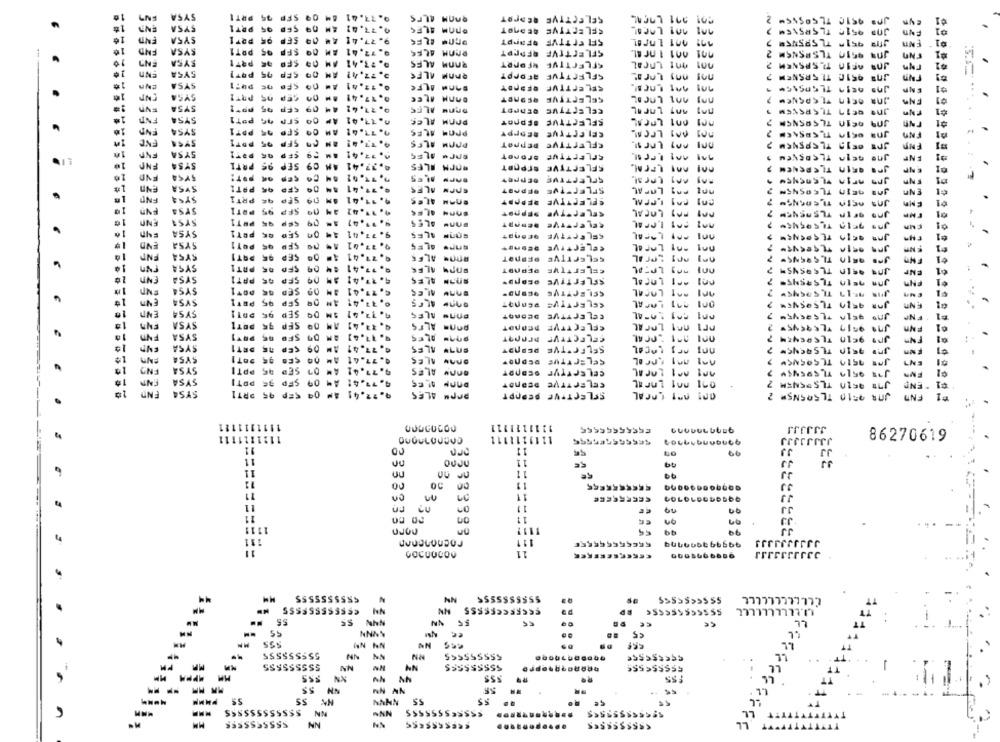
PRTI
RAAM ALPS
SELECTTVE QEDPAT
2
1
PRT1
77.41
ennM ILF4
SELECTIVE ACANOT
309 951⑆ TLS⑈51⑈
SFP
7.41
SEL ErTTVE OFAPPT
01
PRT1
SFP
72.41
BOOM ALES
SELECTIVE RFAPPT
J09 9510 TLSPENSM
SYSA
END
ENT
PRT1
#7.41
RAAM ALES
SELECTIVE
001
AFI0 TLSPSNEM
Ta
01
ENT
SYSA
POT1
CEP
77.41
RAAM ALFE
SELECTTVE REDPPT
ning
JOR 9510 TLERSNEM
ENO
SYSA
PO-1
SELECTTVE
14
SYSA
Cep
0.17.41
CELESTEVE
ENS
SY5A
CEP
9. 77. 41
DEOM ALF5
CELESTTVE
SY54
POT
0.13.41
POAM ALEE
SELECTTVE
JO9 Q10 TLERSNSM
END
SYSA
PPT1
CO SEP
0.77.41
CELECTIVE REDPPY
nog
ENC
POT1
An SFP
POOM ALES
DEPOOT
CFLEFTTVE
1.0
SYSA
CFP
Bronet
SPLFETTVE
ENT
LI
FNO
SYSA
PRTI
SEP
09
0.37.41
SOPH ALES
SELECTIVE ErPORT
END
CES
CPLEFTTVE SEPPEY
END
ALES
ENT
SYSA
PPTI
CFD
EnPN ALES
SELECTVE
PAS LAFAL
JOB SEIN TLEOSN5
ENn
FND
SYSA
PRTI
44
SEp
41
ALOS
SELECTIVE REPORT
19
Fyn
SYSA
PRTI
195
. 41
FAT LOCAL
OFIN TLSRENCM
JAo
END
PRT1
DERART
CELEPFTVE
SYSA
77,41
son#
SELECTTVE
PAS LOCAL
₾1
END
SYSA
POT1
27.01
ALES
SELECTIVE
ENT
ENT
SYS4
SEP
. 41
ALEE
CELEFTTVE
SPS GRIN TL COENS
SYSA
PRTI
77.41
CELESTTVE
SFO
ALFE
REPORT
ENT
ENT
SYSA
PAT1
SEP
77.41
ALES
SFLEFTTVE
FN"
SY54
SEP
.11.41
ALES
AA1 LOCAL
ALES
10
vn
SYSA
PETI
SFP
DOOM ALES
SELECTIVE PERNOT
LOCAL
141
ENTI
END
SYSA
PRI1
09
7.12.01
ALES
SEP
ALES
CCLEFTTVE DEDAOT
FNP
#1
ENS
SYSA
DOTT
SEP
pons ALTS
CELECTTVE DEONOT
JNA 9519 TLE9545
FNn
10
PLES
Fyn
SYSA
SFO
. 77. 4]
GELECTTVP DPANOT
JN9 9610 TE
END
SYSA
DET1
CEP
09
.77.41
ALES
enTY ALES
SELFG*TVE PEPART
SYSA
DOT1
. 77.41
DAAw ALES
SELECTTUS
Luu
nº1
SYSA
PPTI
SED
OnAM ALES
CELEATTYP DEDORT
ENT
SYSA
POT
35
SFP
09
77.41
CELEFTTVE DEDNOT
Jn# 9610 TLSPENEM
*END
END
5754
ORT
95
.41
POPM ALES
SELECTIVE PEPAPT
001 01 LOCAL
J78 9510 TL505N5⑈
FND
1111111111
1111111111
JJJJJJ
1121111111
1111111
JJJJJJJJ
86270619
11
00
99
JJ
JJ
11
nn
11
11
99
JJ
11
30
11
11
on
11
JJ
09
11
11
JJ
1119
3333333
norn
1111
99
131
rocnonenen
332
JJJJJJJJJJ
11
11
3333333JJJ
GOCOUCOU
MM
$555555555
ELLELLLLLLLL
NN
CECFEE
L.LLLLLLLLEL
E5555<556
NN
- -
PHMM
58SSSSSSSSSS
$555€5555555
n
........